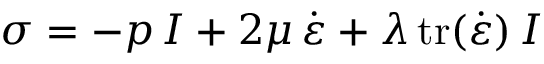
\, \, { \boldsymbol { \sigma } } = - p \, { \boldsymbol { I } } + 2 \mu \, { \dot { \boldsymbol { \varepsilon } } } + \lambda \, { \mathrm { t r } } ( { \dot { \boldsymbol { \varepsilon } } } ) \, { \boldsymbol { I } } \,